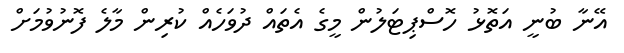
އޭނާ ބުނީ އަތޮޅު ހޮސްޕިޓަލުން މީގެ އެތައް ދުވަހެއް ކުރިން މާލެ ފޮނުވުމަށް